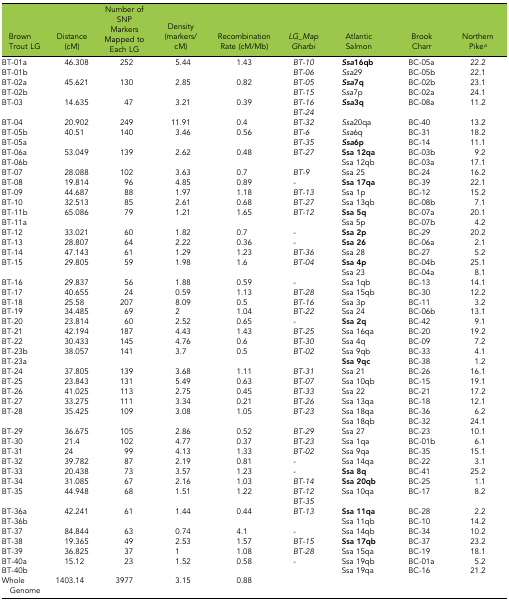
<table><thead><tr><td><b>Brown Trout LG</b></td><td><b>Distance (cM)</b></td><td><b>Number of SNP Markers Mapped to Each LG</b></td><td><b>Density (markers/cM)</b></td><td><b>Recombination Rate (cM/Mb)</b></td><td><b><i>LG_Map Gharbi</i></b></td><td><b>Atlantic Salmon</b></td><td><b>Brook Charr</b></td><td><b>Northern Pike<i><sup>a</sup></i></b></td></tr></thead><tbody><tr><td>BT-01a</td><td rowspan="2">46.308</td><td rowspan="2">252</td><td rowspan="2">5.44</td><td rowspan="2">1.43</td><td><i>BT-10</i></td><td><b><i>Ssa</i>16qb</b></td><td>BC-05a</td><td>22.2</td></tr><tr><td>BT-01b</td><td><i>BT-06</i></td><td><i>Ssa</i>29</td><td>BC-05b</td><td>22.1</td></tr><tr><td>BT-02a</td><td rowspan="2">45.621</td><td rowspan="2">130</td><td rowspan="2">2.85</td><td rowspan="2">0.82</td><td><i>BT-05</i></td><td><b><i>Ssa</i>7q</b></td><td>BC-02b</td><td>23.1</td></tr><tr><td>BT-02b</td><td><i>BT-15</i></td><td>S<i>sa</i>7p</td><td>BC-02a</td><td>24.1</td></tr><tr><td rowspan="2">BT-03</td><td rowspan="2">14.635</td><td rowspan="2">47</td><td rowspan="2">3.21</td><td rowspan="2">0.39</td><td><i>BT-16</i></td><td rowspan="2"><b><i>Ssa</i>3q</b></td><td rowspan="2">BC-08a</td><td rowspan="2">11.2</td></tr><tr><td><i>BT-24</i></td></tr><tr><td>BT-04</td><td>20.902</td><td>249</td><td>11.91</td><td>0.4</td><td><i>BT-32</i></td><td><i>Ssa</i>20qa</td><td>BC-40</td><td>13.2</td></tr><tr><td>BT-05b</td><td rowspan="2">40.51</td><td rowspan="2">140</td><td rowspan="2">3.46</td><td rowspan="2">0.56</td><td><i>BT-6</i></td><td><i>Ssa</i>6q</td><td>BC-31</td><td>18.2</td></tr><tr><td>BT-05a</td><td><i>BT-35</i></td><td><b><i>Ssa</i>6p</b></td><td>BC-14</td><td>11.1</td></tr><tr><td>BT-06a</td><td rowspan="2">53.049</td><td rowspan="2">139</td><td rowspan="2">2.62</td><td rowspan="2">0.48</td><td rowspan="2"><i>BT-27</i></td><td><b>Ssa 12qa</b></td><td>BC-03b</td><td>9.2</td></tr><tr><td>BT-06b</td><td>Ssa 12qb</td><td>BC-03a</td><td>17.1</td></tr><tr><td>BT-07</td><td>28.088</td><td>102</td><td>3.63</td><td>0.7</td><td><i>BT-9</i></td><td>Ssa 25</td><td>BC-24</td><td>16.2</td></tr><tr><td>BT-08</td><td>19.814</td><td>96</td><td>4.85</td><td>0.89</td><td><i>-</i></td><td><b>Ssa 17qa</b></td><td>BC-39</td><td>22.1</td></tr><tr><td>BT-09</td><td>44.687</td><td>88</td><td>1.97</td><td>1.18</td><td><i>BT-13</i></td><td>Ssa 1p</td><td>BC-12</td><td>15.2</td></tr><tr><td>BT-10</td><td>32.513</td><td>85</td><td>2.61</td><td>0.68</td><td><i>BT-27</i></td><td>Ssa 13qb</td><td>BC-08b</td><td>7.1</td></tr><tr><td>BT-11b</td><td rowspan="2">65.086</td><td rowspan="2">79</td><td rowspan="2">1.21</td><td rowspan="2">1.65</td><td rowspan="2"><i>BT-12</i></td><td><b>Ssa 5q</b></td><td>BC-07a</td><td>20.1</td></tr><tr><td>BT-11a</td><td>Ssa 5p</td><td>BC-07b</td><td>4.2</td></tr><tr><td>BT-12</td><td>33.021</td><td>60</td><td>1.82</td><td>0.7</td><td><i>-</i></td><td><b>Ssa 2p</b></td><td>BC-29</td><td>20.2</td></tr><tr><td>BT-13</td><td>28.807</td><td>64</td><td>2.22</td><td>0.36</td><td><i>-</i></td><td><b>Ssa 26</b></td><td>BC-06a</td><td>2.1</td></tr><tr><td>BT-14</td><td>47.143</td><td>61</td><td>1.29</td><td>1.23</td><td><i>BT-36</i></td><td>Ssa 28</td><td>BC-27</td><td>5.2</td></tr><tr><td rowspan="2">BT-15</td><td rowspan="2">29.805</td><td rowspan="2">59</td><td rowspan="2">1.98</td><td rowspan="2">1.6</td><td rowspan="2"><i>BT-04</i></td><td><b>Ssa 4p</b></td><td>BC-04b</td><td>25.1</td></tr><tr><td>Ssa 23</td><td>BC-04a</td><td>8.1</td></tr><tr><td>BT-16</td><td>29.837</td><td>56</td><td>1.88</td><td>0.59</td><td><i>-</i></td><td>Ssa 1qb</td><td>BC-13</td><td>14.1</td></tr><tr><td>BT-17</td><td>40.655</td><td>24</td><td>0.59</td><td>1.13</td><td><i>BT-28</i></td><td>Ssa 15qb</td><td>BC-30</td><td>12.2</td></tr><tr><td>BT-18</td><td>25.58</td><td>207</td><td>8.09</td><td>0.5</td><td><i>BT-16</i></td><td>Ssa 3p</td><td>BC-11</td><td>3.2</td></tr><tr><td>BT-19</td><td>34.485</td><td>69</td><td>2</td><td>1.04</td><td><i>BT-22</i></td><td>Ssa 24</td><td>BC-06b</td><td>13.1</td></tr><tr><td>BT-20</td><td>23.814</td><td>60</td><td>2.52</td><td>0.65</td><td><i>-</i></td><td><b>Ssa 2q</b></td><td>BC-42</td><td>9.1</td></tr><tr><td>BT-21</td><td>42.194</td><td>187</td><td>4.43</td><td>1.43</td><td><i>BT-25</i></td><td>Ssa 16qa</td><td>BC-20</td><td>19.2</td></tr><tr><td>BT-22</td><td>30.433</td><td>145</td><td>4.76</td><td>0.6</td><td><i>BT-30</i></td><td>Ssa 4q</td><td>BC-09</td><td>7.2</td></tr><tr><td>BT-23b</td><td rowspan="2">38.057</td><td rowspan="2">141</td><td rowspan="2">3.7</td><td rowspan="2">0.5</td><td rowspan="2"><i>BT-02</i></td><td>Ssa 9qb</td><td>BC-33</td><td>4.1</td></tr><tr><td>BT-23a</td><td><b>Ssa 9qc</b></td><td>BC-38</td><td>1.2</td></tr><tr><td>BT-24</td><td>37.805</td><td>139</td><td>3.68</td><td>1.11</td><td><i>BT-31</i></td><td>Ssa 21</td><td>BC-26</td><td>16.1</td></tr><tr><td>BT-25</td><td>23.843</td><td>131</td><td>5.49</td><td>0.63</td><td><i>BT-07</i></td><td>Ssa 10qb</td><td>BC-15</td><td>19.1</td></tr><tr><td>BT-26</td><td>41.025</td><td>113</td><td>2.75</td><td>0.45</td><td><i>BT-33</i></td><td>Ssa 22</td><td>BC-21</td><td>17.2</td></tr><tr><td>BT-27</td><td>33.275</td><td>111</td><td>3.34</td><td>0.21</td><td><i>BT-26</i></td><td>Ssa 13qa</td><td>BC-18</td><td>12.1</td></tr><tr><td rowspan="2">BT-28</td><td rowspan="2">35.425</td><td rowspan="2">109</td><td rowspan="2">3.08</td><td rowspan="2">1.05</td><td rowspan="2"><i>BT-23</i></td><td>Ssa 18qa</td><td>BC-36</td><td>6.2</td></tr><tr><td>Ssa 18qb</td><td>BC-32</td><td>24.1</td></tr><tr><td>BT-29</td><td>36.675</td><td>105</td><td>2.86</td><td>0.52</td><td><i>BT-29</i></td><td>Ssa 27</td><td>BC-23</td><td>10.1</td></tr><tr><td>BT-30</td><td>21.4</td><td>102</td><td>4.77</td><td>0.37</td><td><i>BT-23</i></td><td>Ssa 1qa</td><td>BC-01b</td><td>6.1</td></tr><tr><td>BT-31</td><td>24</td><td>99</td><td>4.13</td><td>1.33</td><td><i>BT-02</i></td><td>Ssa 9qa</td><td>BC-35</td><td>15.1</td></tr><tr><td>BT-32</td><td>39.782</td><td>87</td><td>2.19</td><td>0.81</td><td><i>-</i></td><td>Ssa 14qa</td><td>BC-22</td><td>3.1</td></tr><tr><td>BT-33</td><td>20.438</td><td>73</td><td>3.57</td><td>1.23</td><td><i>-</i></td><td><b>Ssa 8q</b></td><td>BC-41</td><td>25.2</td></tr><tr><td>BT-34</td><td>31.085</td><td>67</td><td>2.16</td><td>1.03</td><td><i>BT-14</i></td><td><b>Ssa 20qb</b></td><td>BC-25</td><td>1.1</td></tr><tr><td rowspan="2">BT-35</td><td rowspan="2">44.948</td><td rowspan="2">68</td><td rowspan="2">1.51</td><td rowspan="2">1.22</td><td><i>BT-12</i></td><td rowspan="2">Ssa 10qa</td><td rowspan="2">BC-17</td><td rowspan="2">8.2</td></tr><tr><td><i>BT-35</i></td></tr><tr><td>BT-36a</td><td rowspan="2">42.241</td><td rowspan="2">61</td><td rowspan="2">1.44</td><td rowspan="2">0.44</td><td rowspan="2"><i>BT-13</i></td><td><b>Ssa 11qa</b></td><td>BC-28</td><td>2.2</td></tr><tr><td>BT-36b</td><td>Ssa 11qb</td><td>BC-10</td><td>14.2</td></tr><tr><td>BT-37</td><td>84.844</td><td>63</td><td>0.74</td><td>4.1</td><td><i>-</i></td><td>Ssa 14qb</td><td>BC-34</td><td>10.2</td></tr><tr><td>BT-38</td><td>19.365</td><td>49</td><td>2.53</td><td>1.57</td><td><i>BT-15</i></td><td><b>Ssa 17qb</b></td><td>BC-37</td><td>23.2</td></tr><tr><td>BT-39</td><td>36.825</td><td>37</td><td>1</td><td>1.08</td><td><i>BT-28</i></td><td>Ssa 15qa</td><td>BC-19</td><td>18.1</td></tr><tr><td>BT-40a</td><td rowspan="2">15.12</td><td rowspan="2">23</td><td rowspan="2">1.52</td><td rowspan="2">0.58</td><td rowspan="2"><i>-</i></td><td>Ssa 19qb</td><td>BC-01a</td><td>5.2</td></tr><tr><td>BT-40b</td><td>Ssa 19qa</td><td>BC-16</td><td>21.2</td></tr><tr><td>Whole Genome</td><td>1403.14</td><td>3977</td><td>3.15</td><td>0.88</td><td></td><td></td><td></td><td></td></tr></tbody></table>